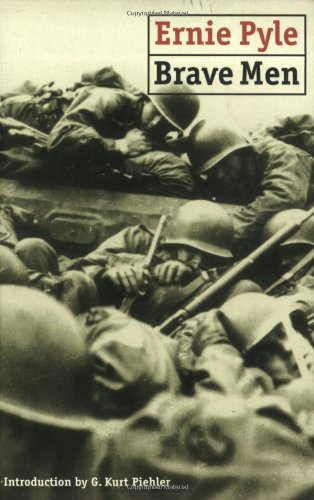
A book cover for Brave Men; Ernie Pyle; History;